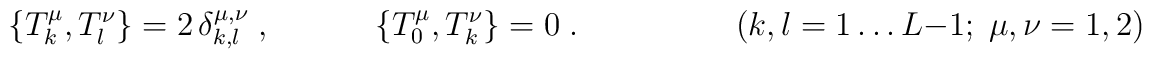
\{T_k^\mu,T_l^\nu\} = 2 \,\delta_{k,l}^{\mu,\nu} \;,\hspace{1.3cm}\{T_0^\mu,T_k^\nu\}=0 \;.\hspace{2cm}(k,l=1\ldots L-1; \; \mu,\nu=1,2)